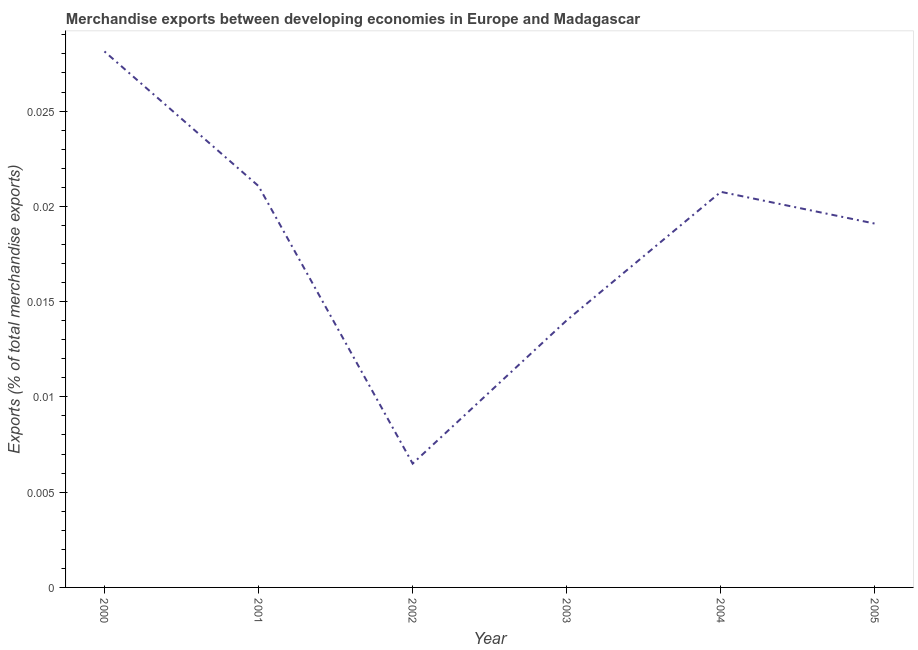
| Year | Merchandise Exports |
 | --- | --- |
 | 2000 | 0.0281 |
 | 2001 | 0.0211 |
 | 2002 | 0.0065 |
 | 2003 | 0.014 |
 | 2004 | 0.0208 |
 | 2005 | 0.0191 |